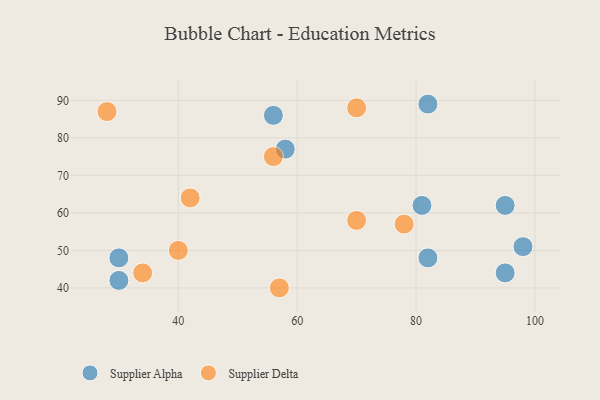
{"axis": {"x": "GDP", "y": "Life Expectancy"}, "legend": ["Supplier Alpha", "Supplier Delta"], "data": [{"x": "56", "y": 86, "type": "Supplier Alpha"}, {"x": "81", "y": 62, "type": "Supplier Alpha"}, {"x": "82", "y": 89, "type": "Supplier Alpha"}, {"x": "95", "y": 44, "type": "Supplier Alpha"}, {"x": "58", "y": 77, "type": "Supplier Alpha"}, {"x": "98", "y": 51, "type": "Supplier Alpha"}, {"x": "82", "y": 48, "type": "Supplier Alpha"}, {"x": "95", "y": 62, "type": "Supplier Alpha"}, {"x": "30", "y": 42, "type": "Supplier Alpha"}, {"x": "30", "y": 48, "type": "Supplier Alpha"}, {"x": "56", "y": 75, "type": "Supplier Delta"}, {"x": "40", "y": 50, "type": "Supplier Delta"}, {"x": "28", "y": 87, "type": "Supplier Delta"}, {"x": "78", "y": 57, "type": "Supplier Delta"}, {"x": "34", "y": 44, "type": "Supplier Delta"}, {"x": "70", "y": 88, "type": "Supplier Delta"}, {"x": "57", "y": 40, "type": "Supplier Delta"}, {"x": "70", "y": 58, "type": "Supplier Delta"}, {"x": "42", "y": 64, "type": "Supplier Delta"}]}